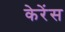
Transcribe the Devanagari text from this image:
केरेंस